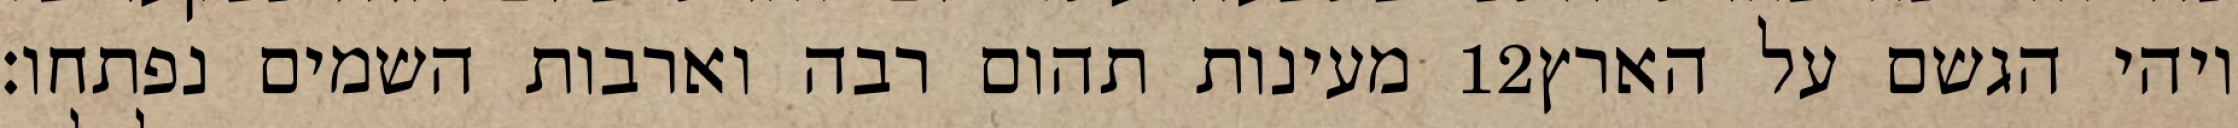
מעינות תהום רבה וארבות השמים נפתחו׃ ‎12‏ ויהי הגשם על הארץ